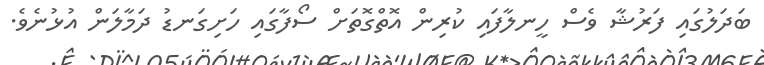
ބަދަލުގައި ފަރުޝާ ވެސް ހީނލާފައި ކުރިން އޮތްގޮތަށް ސޯފާގައި ހަށިގަނޑު ދަމާލަން އުޅުނެވެ.